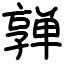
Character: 亸